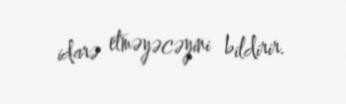
idarə etməyəcəyini bildirir.